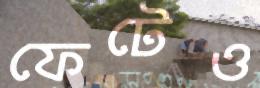
ফেটেও